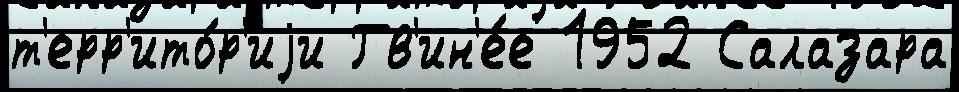
т'ерр'ито́р'иjи Гв'ин'е́е 1952 Салазара